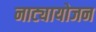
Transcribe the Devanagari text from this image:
नाट्यायोजन